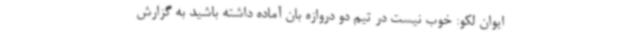
ایوان لکو: خوب نیست در تیم دو دروازه بان آماده داشته باشید به گزارش